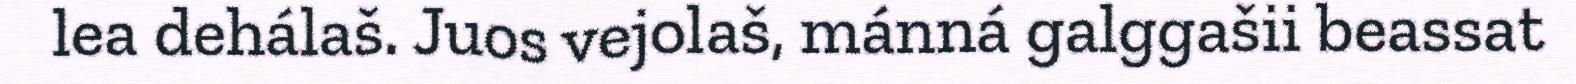
lea dehálaš. Juos vejolaš, mánná galggašii beassat